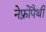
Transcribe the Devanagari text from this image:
नेफ़्रोपैथी